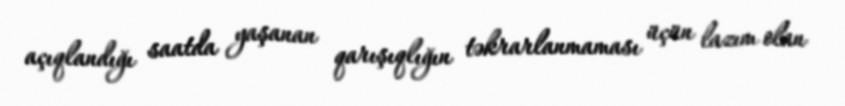
açıqlandığı saatda yaşanan qarışıqlığın təkrarlanmaması üçün lazım olan